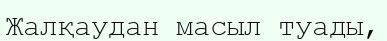
Жалқаудан масыл туады,